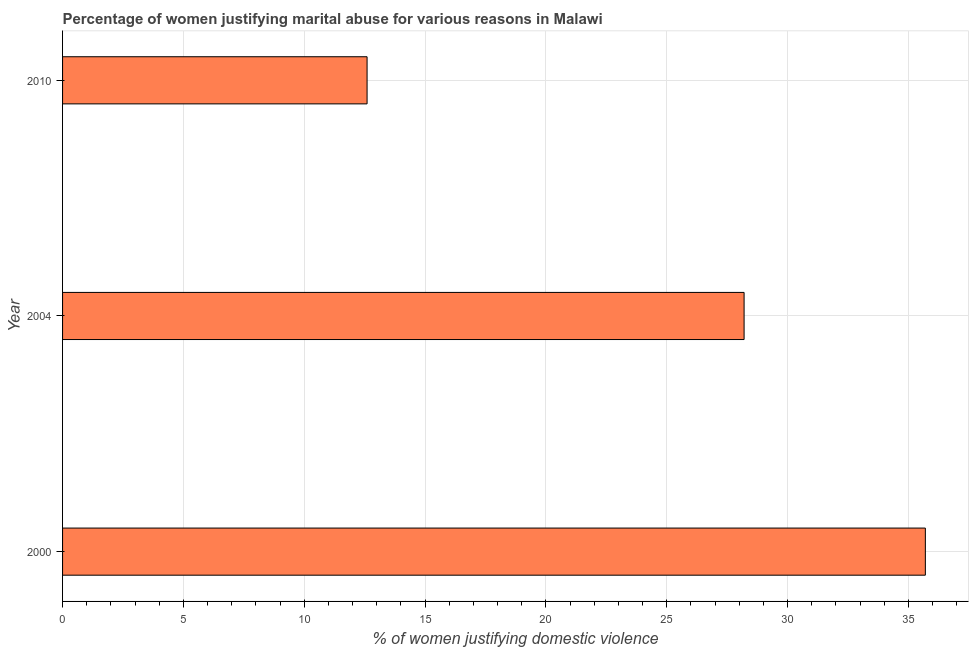
| Year | Physical abuse |
 | --- | --- |
 | 2000 | 35.7 |
 | 2004 | 28.2 |
 | 2010 | 12.6 |